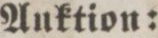
Auktion: